Lunatic asylums Central Provinces reports 1874-1885 - 1874-1885
Year: 1874
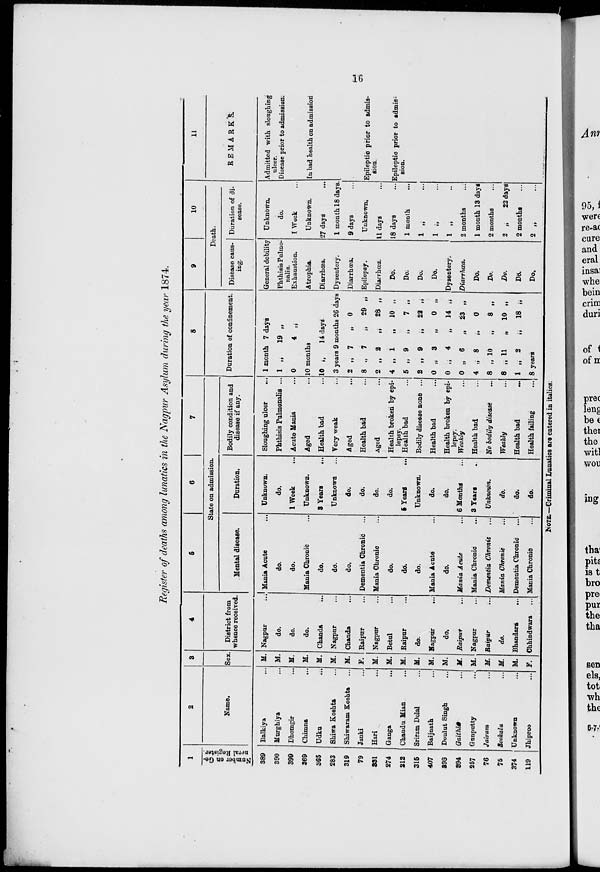
16
Register of deaths among lunatics in the Nagpur Asylum during the year 1874.
1
Number
on Ge-
neral Register.
389
390
399
369
365
283
319
79
331
274
212
315
407
398
394
257
76
75
374
119
2
Name.
Balkiya ...
Murghiya ...
Dhomgir ...
Chimna
...
Udku ...
Shiwa Koshta ...
Shiwaram Koshta ...
Janki ...
Hari ...
Ganga ...
Chandu Mian ...
Sriram Dolal ...
Baijnath ...
Doulut Singh ...
Gaithls ...
Gunputty ...
Jairam ...
Sookalu ...
Unknown ...
Jhiproo ...
3
Sex.
M.
M.
M.
M.
M.
M.
M.
F.
M.
M.
M.
M.
M.
M.
M.
M.
M.
M.
M.
F.
4
District from
whence received.
Nagpur ...
do.
do.
do.
Chanda ...
Nagpur ...
Chanda ...
Raipur ...
Nagpur ...
Betul ...
Raipur ...
do.
Nagpur ...
do.
Raipur
...
Nagpur ...
Raipur ...
do.
Bhandara
...
Chhindwara ...
5
6
7
State on admission.
Mental disease.
Mania Acute ...
do.
do.
Mania Chronic ...
do.
do.
do.
Dementia Chronic ...
Mania Chronic ...
do.
do.
do.
Mania Acute ...
do.
Mania Acute ...
Mania Chronic ...
Dementia Chronic ...
Mania Chronic ...
Dementia Chronic ...
Mania Chronic ...
Duration.
Unknown.
do.
1 Week ...
Unknown.
3 Years
...
Unknown ...
do.
do.
do.
do.
5 Years
...
Unknown.
do.
do.
6 Months ...
3 Years ...
Unknown.
do.
do.
do.
Bodily condition and
disease if any.
Sloughing ulcer
...
Phthisis Pulmonalis ...
Acute Mania ...
Aged ...
Health bad ...
Very weak ...
Aged ...
Health bad ...
Aged ...
Health broken by epi-
lepsy.
Health bad ...
Bodily disease none ...
Health bad ...
Health broken by epi-
lepsy.
Weakly ...
Health bad ...
No bodily disease ...
Weakly ...
Health bad
...
..
Health failing ...
8
Duration of confinement.
1 month 7 days
1 „ 19 „
0
4 „
10 months
10
„
14 days
3 years 9 months 26 days
2 „ 7
„
0
8 „ 7
„
29 „
2 „ 2
„
28 „
4 „ 1
„
10 „
5 „ 9
„
7 „
2 „ 9
„
22 „
0 „ 3
„
0 „
0 „ 4
„
14 „
0 „ 6
„
23 „
4 „ 8
„
0
8 „ 10
„
8 „
8 „ 11 ,
10 „
1 „ 2
„
18 „
8 years
9
10
Death.
Disease caus-
ing.
General debility
Phthisis Pulmo-
------
Exhaustion.
Atrophia.
Diarrhœa.
Dysentery.
Diarrhœa.
Epilepsy.
Diarrhœa.
Do.
Do.
Do.
Do.
Dysentery.
Diarrhœa.
Do.
Do.
Do.
Do.
Do.
Duration of di-
sease.
Unknown.
do.
1 Week
Unknown.
27 days ...
1 month 18 days.
9 days
Unknown.
11 days
18 days
1 month
1 „ ...
1 „ ...
1 „ ...
2 months ...
1 month 13 days
2 months ...
2 „
22 days
2 months
2 „ ...
11
REMARKS.
Admitted with sloughing
ulcer.
Disease prior to admission.
In bad health on admission
Epileptic prior to admis-
sion.
Epileptic prior to admis-
sion.
NOTE—Criminal Lunatics are entered in italics: